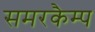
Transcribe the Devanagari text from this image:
समरकैम्प